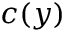
c ( y )